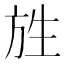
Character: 𭤯